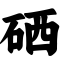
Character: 硒